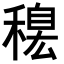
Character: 𥡋